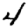
Digit: 4